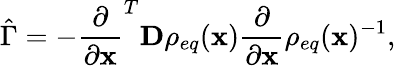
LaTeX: \hat{\Gamma}=-\frac{\partial}{\partial\mathbf{x}}^{T}\mathbf{D}\rho_{eq}(\mathbf{x})\frac{\partial}{\partial\mathbf{x}}\rho_{eq}(\mathbf{x})^{-1},